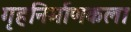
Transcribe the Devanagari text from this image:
गृहनिर्माणकला